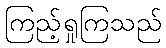
ကြည့်ရှုကြသည်